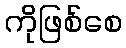
ကိုဖြစ်စေ